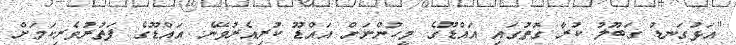
"އަޅުގަނޑު ގަބޫލު ކުރާ ގޮތުގައި އައްޑޫގެ މީހުންނަށް އައްޑޫ ކުރިއެރުވޭނެ. އައްޑޫގެ ފަތުރުވެރިކަމަށް